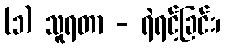
(၁) သူရတာ - ရဲရင့်ခြင်း၊